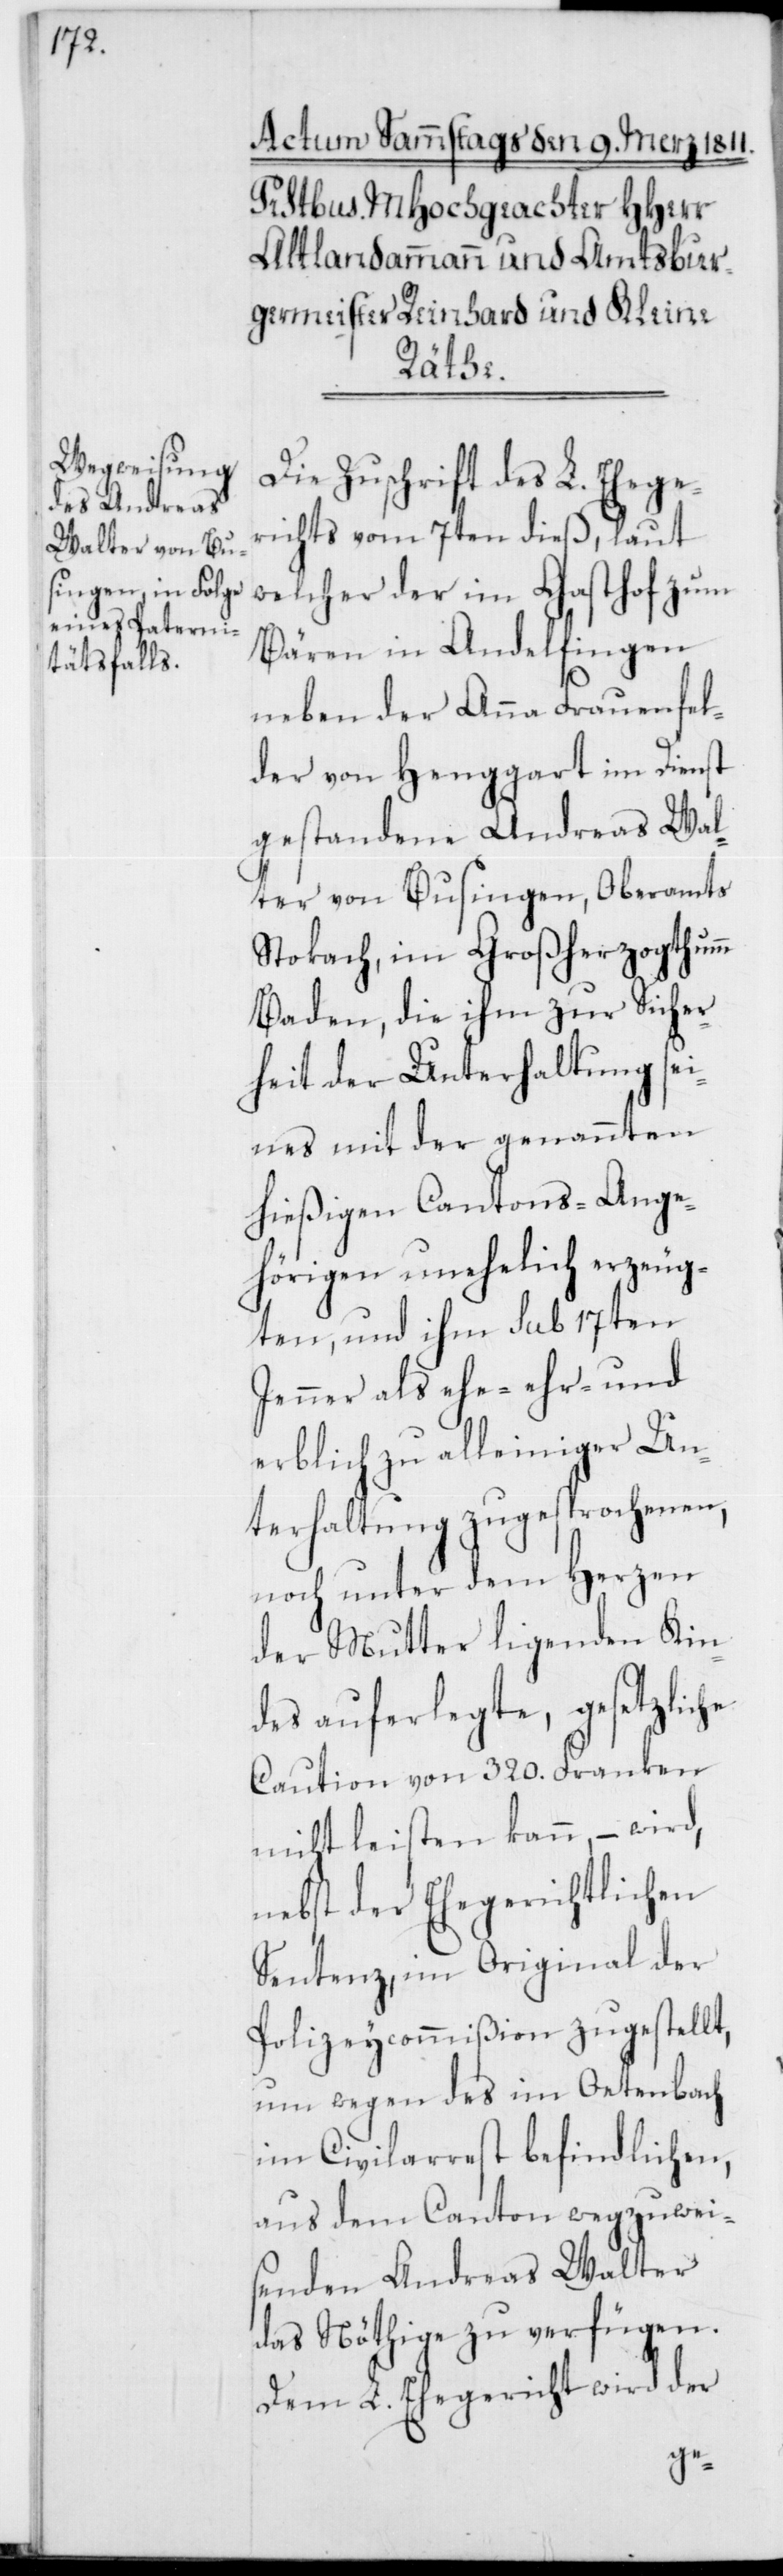
Die Zuschrift des L. Ehege¬
richts vom 7ten dieß, laut
welcher der im Gasthof zum
Bären in Andelfingen
neben der Anna Frauenfel¬
der von Henggart im Dienst
gestandene Andreas Wal¬
ter von Busingen, Oberamts
Stokach im Großherzogthum
Baden, die ihm zur Sicher¬
heit der Unterhaltung sei¬
nes mit der genannten
hießigen Cantons-Ange¬
hörigen unehelich erzeug¬
ten, und ihm sub 17ten
Jenner als ehe-[,] ehr- und
erblich zu alleiniger Un¬
terhaltung zugesprochenen,
noch unter dem Herzen
der Mutter ligenden Kin¬
des auferlegte, gesetzliche
Caution von 320. Franken
nicht leisten kann, – wird,
nebst der Ehegerichtlichen
Sentenz, im Original der
Polizeycommißion zugestellt,
um wegen des im Oetenbach
im Civilarrest befindlichen,
aus dem Canton wegzuwei¬
senden Anderas Walter
das Nöthige zu verfügen.
Dem L. Ehegericht wird der